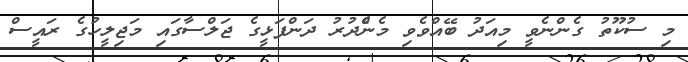
މި ސުކޫތު ގެންނެވީ މިއަދު ބޭއްވެވި މެންެދުރު ދަންފަޅީގެ ޖަލްސާގައި މަޖިލީހުގެ ރައީސް